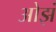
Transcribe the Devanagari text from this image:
ओझं